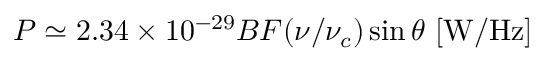
P \simeq 2 . 3 4 \times 1 0 ^ { - 2 9 } B F ( \nu / \nu _ { c } ) \sin \theta \, \, \mathrm { [ W / H z ] }